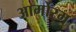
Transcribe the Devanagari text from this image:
आर्मोरम